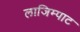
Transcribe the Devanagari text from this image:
लाजिम्पाट